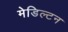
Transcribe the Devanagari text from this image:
मेडिल्टन